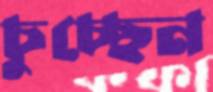
চুচ্ছেন